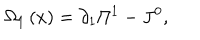
\Omega _ { 1 } \left( x \right) = \partial _ { 1 } \Pi ^ { 1 } - J ^ { 0 } ,